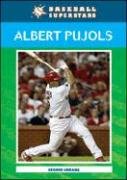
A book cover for Albert Pujols (Baseball Superstars); Dennis Abrams; Teen & Young Adult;